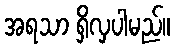
အရသာ ရှိလှပါမည်။